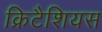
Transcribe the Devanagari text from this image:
क्रिटैशियस